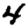
Digit: 4